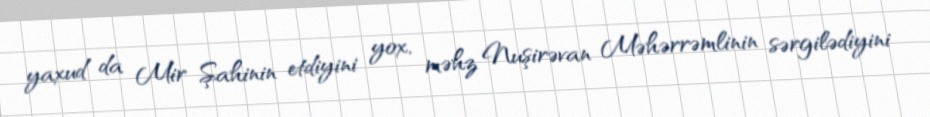
yaxud da Mir Şahinin etdiyini yox, məhz Nuşirəvan Məhərrəmlinin sərgilədiyini